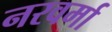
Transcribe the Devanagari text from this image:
नरवर्मा